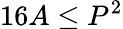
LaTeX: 16A\leq P^{2}